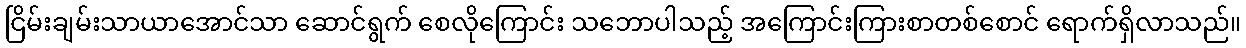
ငြိမ်းချမ်းသာယာအောင်သာ ဆောင်ရွက် စေလိုကြောင်း သဘောပါသည့် အကြောင်းကြားစာတစ်စောင် ရောက်ရှိလာသည်။